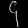
Digit: ၄